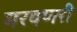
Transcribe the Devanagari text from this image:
मरवणरी